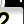
Digit: 2